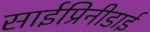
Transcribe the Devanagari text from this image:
साईप्रिनीडाई